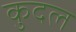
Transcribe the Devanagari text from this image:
कुदल